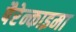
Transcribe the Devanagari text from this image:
पैरेन्काइमा